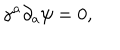
\gamma ^ { a } \partial _ { a } \psi = 0 ,